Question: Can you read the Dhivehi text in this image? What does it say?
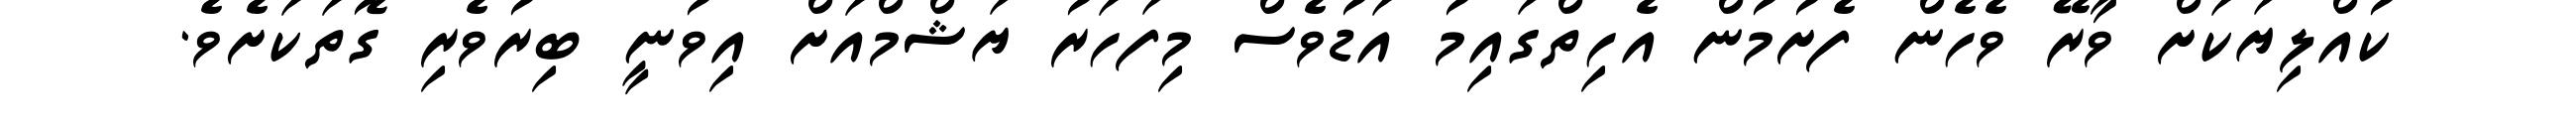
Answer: ކުއްލިޔަކަށް ވާރޭ ވެހެން ފެށުމުން އެހިތްގައިމު އަޑުވެސް މިފަހަރު ޔަޝްމްއަށް އިވުނީ ބިރުވެރި ގޮތަކަށެވެ.